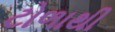
ટોળાથી